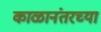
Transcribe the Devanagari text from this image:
काळानंतरच्या